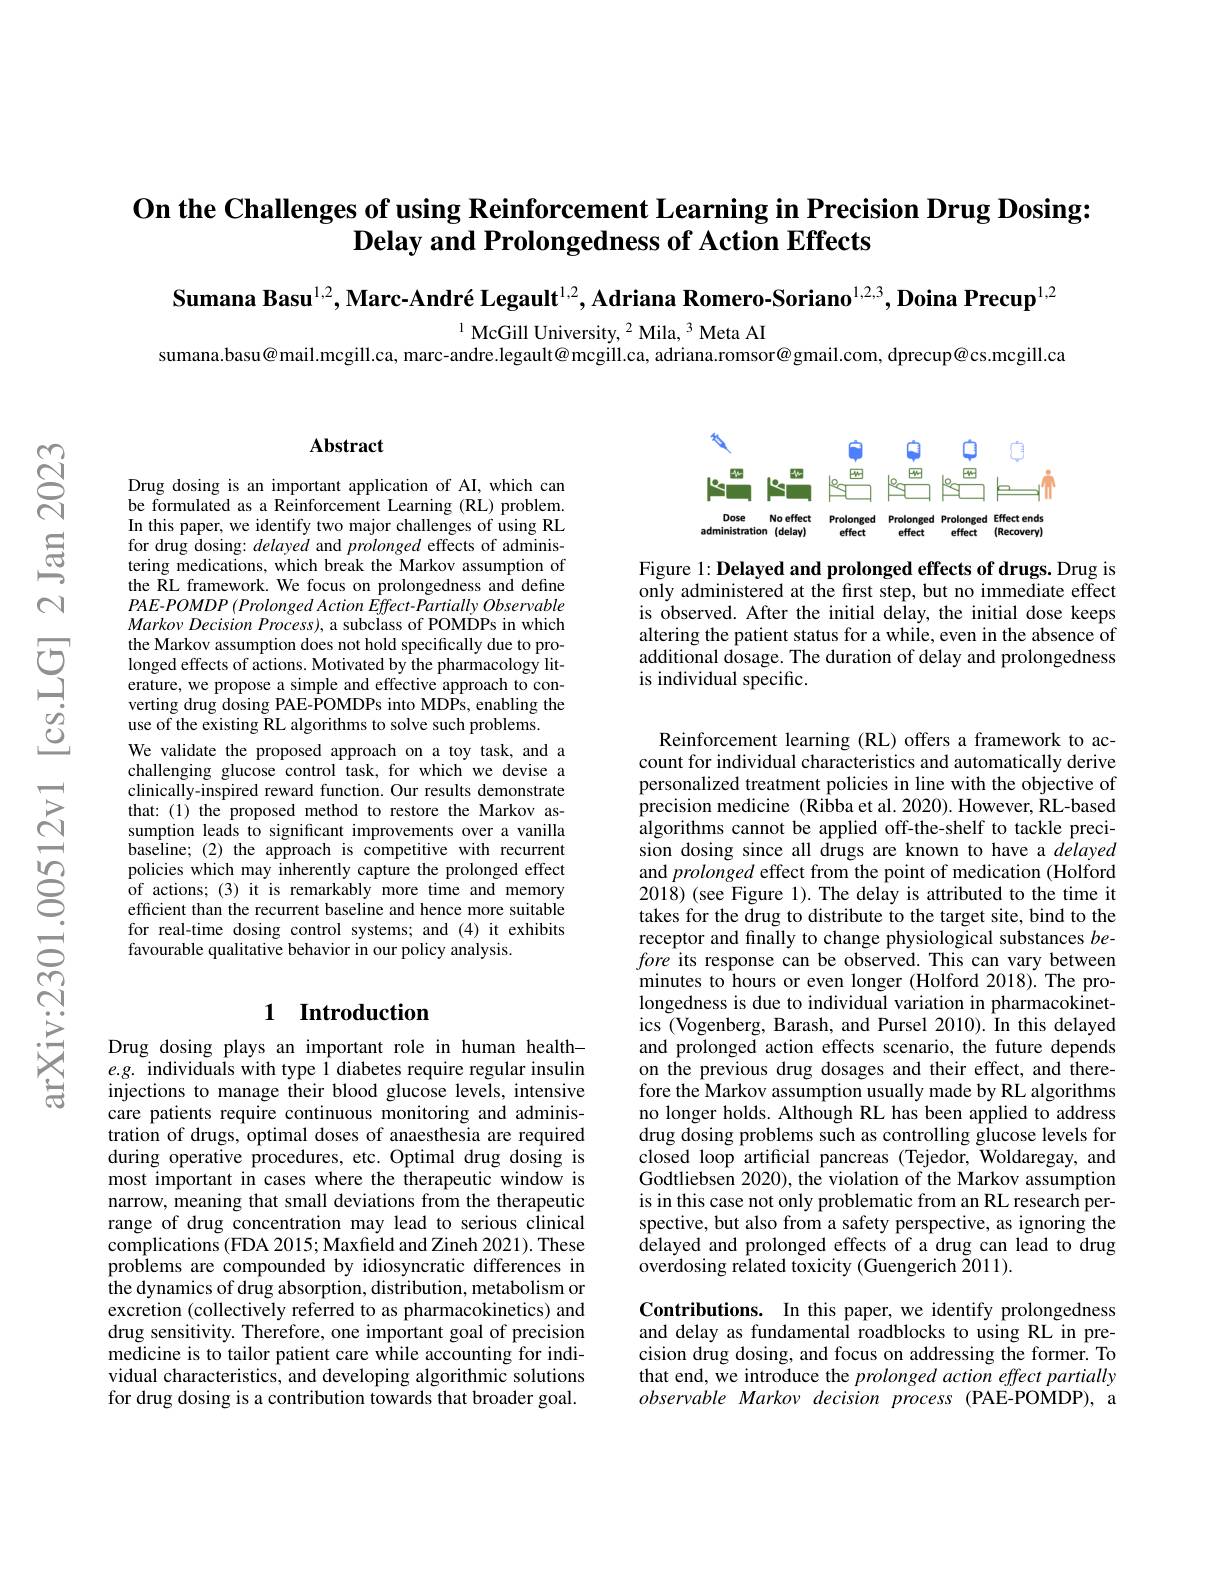
On the Challenges of using Reinforcement Learning in Precision Drug Dosing:
Delay and Prolongedness of Action Effects

Sumana Basu$^{1,2},\text{Marc-Andr\'{e}Legault}^{1,2}$, Adriana Romero-Soriano$^{1,2,3},\textbf{Doina Precup}^{1,2}$

$^{1}$ McGill University, $^2$ Mila, $^3$ Meta AI

sumana.basu@mail.mcgill.ca, marc-andre.legault@ mcgill.ca, adriana.romsor@gmail.com, dprecup@cs.mcgill.ca

### $\mathbf{Abstract}$

<FigureHere>

Figure 1: Delayed and prolonged effects of drugs. Drug is only administered at the first step, but no immediate effect is observed. After the initial delay, the initial dose keeps altering the patient status for a while, even in the absence of additional dosage. The duration of delay and prolongedness is individual specific.

Drug dosing is an important application of AI, which can be formulated as a Reinforcement Learning (RL) problem. In this paper, we identify two major challenges of using RL for drug dosing: delayed and prolonged effects of administering medications, which break the Markov assumption of the RL framework. We focus on prolongedness and define PAE-POMDP (Prolonged Action Effect- Partially Observable $Markov\textit{Decision Process) , a subclass of POMDPs in which}$ the Markov assumption does not hold specifically due to prolonged effects of actions. Motivated by the pharmacology literature, we propose a simple and effective approach to converting drug dosing PAE-POMDPs into MDPs, enabling the use of the existing RL algorithms to solve such problems.
We validate the proposed approach on a toy task, and a challenging glucose control task, for which we devise a clinically-inspired reward function. Our results demonstrate that: (1) the proposed method to restore the Markov assumption leads to significant improvements over a vanilla baseline;(2) the approach is competitive with recurrent policies which may inherently capture the prolonged effect of actions; (3) it is remarkably more time and memory efficient than the recurrent baseline and hence more suitable for real-time dosing control systems; and (4) it exhibits favourable qualitative behavior in our policy analysis.

Reinforcement learning (RL) offers a framework to account for individual characteristics and automatically derive personalized treatment policies in line with the objective of precision medicine (Ribba et al. 2020). However, RL-based algorithms cannot be applied off-the-shelf to tackle precision dosing since all drugs are known to have a délayed and prolonged effect from the point of medication (Holford 2018)(see Figure 1). The delay is attributed to the time it takes for the drug to distribute to the target site, bind to the receptor and finally to change physiological substances before its response can be observed. This can vary between minutes to hours or even longer (Holford 2018). The prolongedness is due to individual variation in pharmacokinetics (Vogenberg, Barash, and Pursel 2010). În this delayed and prolonged action effects scenario, the future depends on the previous drug dosages and their effect, and therefore the Markov assumption usually made by RL algorithms no longer holds. Although RL has been applied to address drug dosing problems such as controlling glucose levels for closed loop artificial pancreas (Tejedor, Woldaregay, and Godtliebsen 2020), the violation of the Markov assumption is in this case not only problematic from an RL research perspective, but also from a safety perspective, as ignoring the delayed and prolonged effects of a drug can lead to drug overdosing related toxicity (Guengerich 2011).

# 1 Introduction

Drug dosing plays an important role in human health- $e.g.$ individuals with type l diabetes require regular insulin injections to manage their blood glucose levels, intensive care patients require continuous monitoring and administration of drugs, optimal doses of anaesthesia are required during operative procedures, etc. Optimal drug dosing is most important in cases where the therapeutic window is narrow, meaning that small deviations from the therapeutic range of drug concentration may lead to serious clinical complications (FDA 2015; Maxfield and Zineh 2021). These problems are compounded by idiosyncratic differences in the dynamics of drug absorption, distribution, metabolism or excretion (collectively referred to as pharmacokinetics) and drug sensitivity. Therefore, one important goal of precision medicine is to tailor patient care while accounting for individual characteristics, and developing algorithmic solutions for drug dosing is a contribution towards that broader goal.

Contributions. In this paper, we identify prolongedness and delay as fundamental roadblocks to using RL in precision drug dosing, and focus on addressing the former. To that end, we introduce the prolonged action effect partially observableMarkov decision process (PAE-POMDP), a